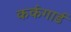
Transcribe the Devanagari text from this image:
कर्कगार्ड